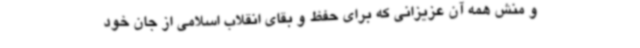
و منش همه آن عزیزانی که برای حفظ و بقای انقلاب اسلامی از جان خود